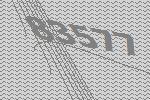
83577